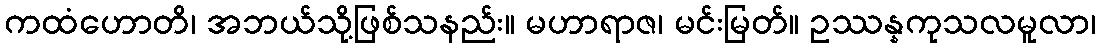
ကထံဟောတိ၊ အဘယ်သို့ဖြစ်သနည်း။ မဟာရာဇ၊ မင်းမြတ်။ ဥဿန္နကုသလမူလာ၊